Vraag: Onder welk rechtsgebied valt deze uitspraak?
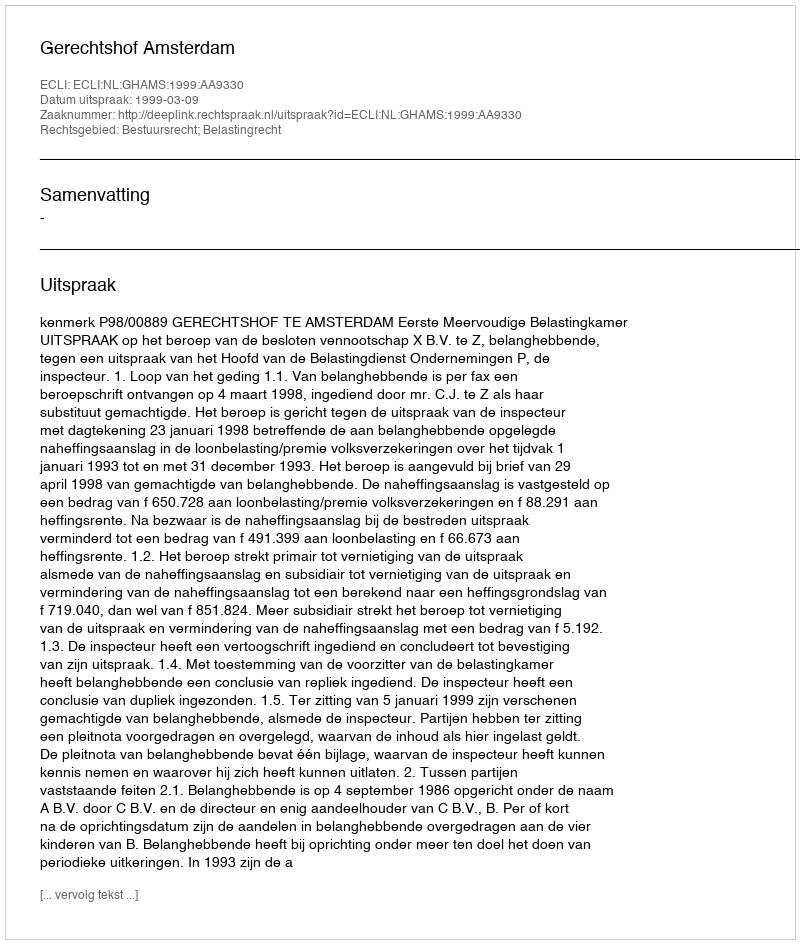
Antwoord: Bestuursrecht; Belastingrecht